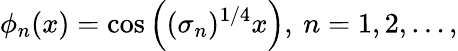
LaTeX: \phi_{n}(x)=\cos\left((\sigma_{n})^{1/4}x\right),\: n=1,2,\ldots,